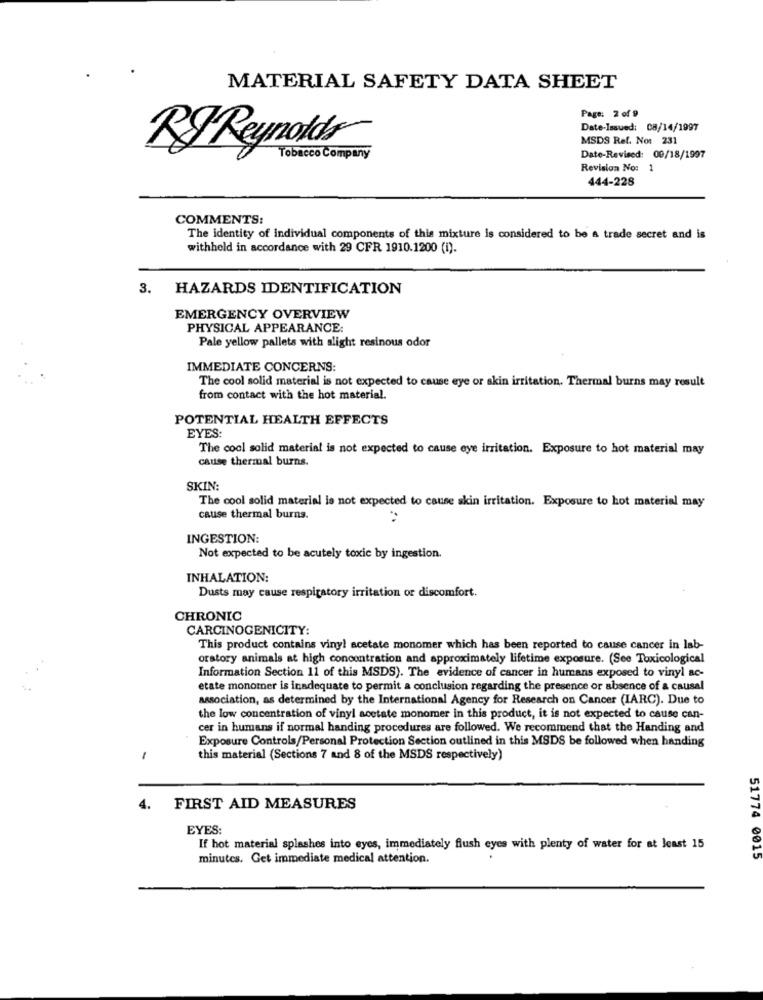
MATERIAL SAFETY DATA SHEET
Page: 2 of 9
Date-Issued: 08/14/1997
MSDS Ref. No: 231
RJ Reynolds
Tobacco Company
Date-Revised: 00/18/1997
Revision No: 1
444-228
COMMENTS:
The identity of individual components of this mixture is considered to be a trade secret and is
withheld in accordance with 29 CFR 1910.1200 (i).
3. HAZARDS IDENTIFICATION
EMERGENCY OVERVIEW
PHYSICAL APPEARANCE:
Pale yellow pallets with alight resinous odor
IMMEDIATE CONCERNS:
The cool solid material is not expected to cause eye or skin irritation. Thermal burns may result
from contact with the hot material.
POTENTIAL HEALTH EFFECTS
EYES:
The cool solid material is not expected to cause eye irritation. Exposure to hot material may
cause thermal burns.
SKIN:
The cool solid material le not expected to cause skin irritation. Exposure to hot material may
cause thermal burns.
INGESTION:
Not expected to be acutely toxic by ingestion.
INHALATION:
Dusts may cause respiratory irritation or discomfort.
CHRONIC
CARCINOGENICITY:
This product contains viny! acetate monomer which has been reported to cause cancer in lab-
oratory animals at high concentration and approximately lifetime exposure. (See Toxicological
Information Section 11 of this MSDS). The evidence of cancer in humans exposed to vinyl ac-
etate monomer is inadequate to permit a conclusion regarding the presence or absence of a causal
association, as determined by the International Agency for Research on Cancer (IARC). Due to
the low concentration of vinyl acetate monomer in this product, it is not expected to cause can-
cer in humans if normal handing procedures are followed. We recommend that the Handing and
Exposure Controls/Personal Protection Section outlined in this MSDS be followed when handing
1
this material (Sections 7 and 8 of the MSDS respectively)
4.
FIRST AID MEASURES
EYES:
If hot material splashes into eyes, immediately flush eyes with plenty of water for at least 15
minutes. Get immediate medical attention.
51774 0015